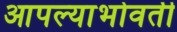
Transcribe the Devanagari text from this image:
आपल्याभोवती